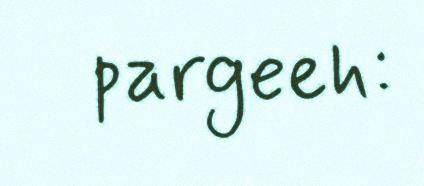
pargeeh: